Report on vaccination in the Province of Bengal - 1874-1889
Year: 1874
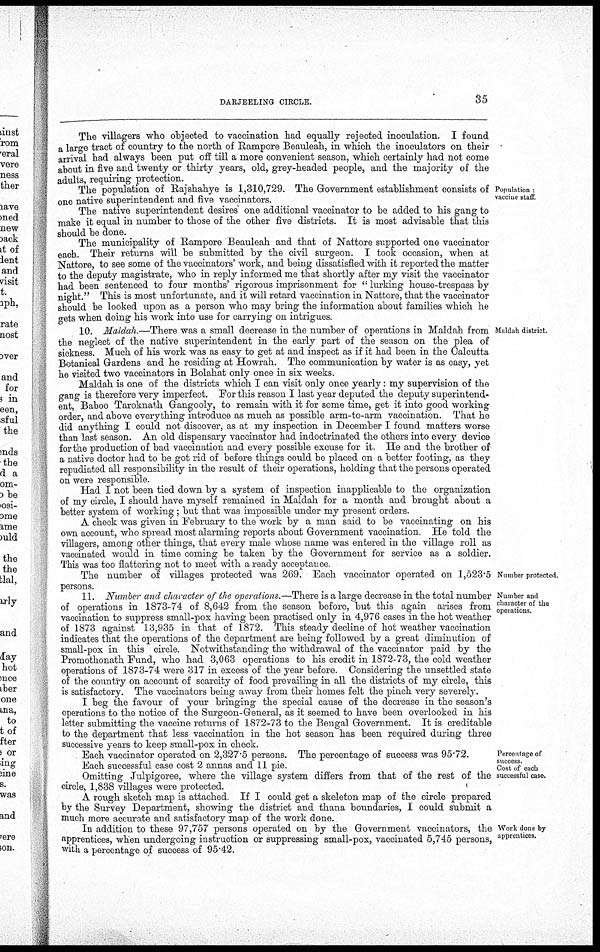
DARJEELING CIRCLE.
35
The villagers who objected to vaccination had equally rejected inoculation. I found
a large tract of country to the north of Rampore Beauleah, in which the inoculators on their
arrival had always been put off till a more convenient season, which certainly had not come
about in five and twenty or thirty years, old, grey-headed people, and the majority of the
adults, requiring protection.
Population ,
vaccine staff
The population of Rajshahye is 1,310,729. The Government establishment consists of
one native superintendent and five vaccinators.
The native superintendent desires one additional vaccinator to be added to his gang to
make it equal in number to those of the other five districts. It is most advisable that this
should be done.
The municipality of Rampore Beauleah and that of Nattore supported one vaccinator
each. Their returns will be submitted by the civil surgeon. I took occasion, when at
Nattore, to see some of the vaccinators' work, and being dissatisfied with it reported the matter
to the deputy magistrate, who in reply informed me that shortly after my visit the vaccinator
had been sentenced to four months' rigorous imprisonment for " lurking house-trespass by
night." This is most unfortunate, and it will retard vaccination in Nattore, that the vaccinator
should be looked upon as a person who may bring the information about families which he
gets when doing his work into use for carrying on intrigues
Maldah district.
10. Maldah.—There was a small decrease in the number of operations in Maldah from
the neglect of the native superintendent in the early part of the season on the plea of
sickness. Much of his work was as easy to get at and inspect as if it had been in the Calcutta
Botanical Gardens and he residing at Howrah. The communication by water is as easy, yet
he visited two vaccinators in Bolahat only once in six weeks.
Maldah is one of the districts which I can visit only once yearly: my supervision of the
gang is therefore very imperfect. For this reason I last year deputed the deputy superintend-
ent, Baboo Taroknath Gangooly, to remain with it for some time, get it into good working
order, and above everything introduce as much as possible arm-to-arm vaccination. That he
did anything I could not discover, as at my inspection in December I found matters worse
than last season. An old dispensary vaccinator had indoctrinated the others into every device
for the production of bad vaccination and every possible excuse for it. He and the brother of
a native doctor had to be got rid of before things could be placed on a better footing, as they
repudiated all responsibility in the result of their operations, holding that the persons operated
on were responsible.
Had I not been tied down by a system of inspection inapplicable to the organization
of my circle, I should have myself remained in Maldah for a month and brought about a
better system of working; but that was impossible under my present orders.
A check was given in February to the work by a man said to be vaccinating on his
own account, who spread most alarming reports about Government vaccination. He told the
villagers, among other things, that every male whose name was entered in the village roll as
vaccinated would in time coming be taken by the Government for service as a soldier.
This was too flattering not to meet with a ready acceptance.
Number protected.
The number of villages protected was 269. Each vaccinator operated on 1,523.5
persons.
Number and
character of the
operations.
11. Number and character of the operations.—There is a large decrease in the total number
of operations in 1873-74 of 8,642 from the season before, but this again arises from
vaccination to suppress small-pox having been practised only in 4,976 cases in the hot weather
of 1873 against 13,935 in that of 1872. This steady decline of hot weather vaccination
indicates that the operations of the department are being followed by a great diminution of
small-pox in this circle. Notwithstanding the withdrawal of the vaccinator paid by the
Promothonath Fund, who had 3,063 operations to his credit in 1872-73, the cold weather
operations of 1873-74 were 317 in excess of the year before. Considering the unsettled state
of the country on account of scarcity of food prevailing in all the districts of my circle, this
is satisfactory. The vaccinators being away from their homes felt the pinch very severely.
I beg the favour of your bringing the special cause of the decrease in the season's
operations to the notice of the Surgeon-General, as it seemed to have been overlooked in his
letter submitting the vaccine returns of 1872-73 to the Bengal Government. It is creditable
to the department that less vaccination in the hot season has been required during three
successive years to keep small-pox in check.
Percentage of
success.
Cost of each
successful case.
Each vaccinator operated on 2,327.5 persons. The percentage of success was 95.72.
Each successful case cost 2 annas and 11 pie.
Omitting Julpigoree, where the village system differs from that of the rest of the
circle, 1,838 villages were protected.
A rough sketch map is attached If I could get a skeleton map of the circle prepared
by the Survey Department, showing the district and thana boundaries, I could submit a
much more accurate and satisfactory map of the work done.
Work done by
apprentices.
In addition to these 97,757 persons operated on by the Government vaccinators, the
apprentices, when undergoing instruction or suppressing small-pox, vaccinated 5,745 persons,
with a percentage of success of 95.42.